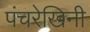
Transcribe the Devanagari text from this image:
पंचरेखिनी